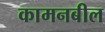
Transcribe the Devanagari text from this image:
कामनबील